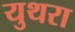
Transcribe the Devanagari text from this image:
युथरा